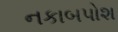
નકાબપોશ